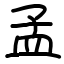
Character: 孟